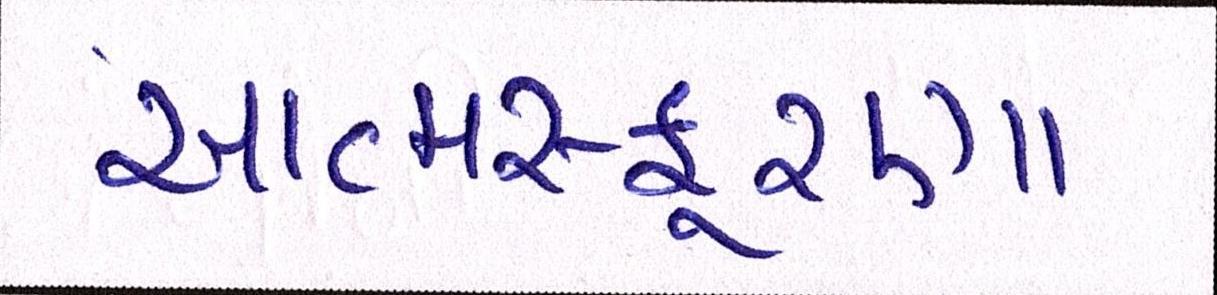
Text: આત્મસ્ફૂરણા